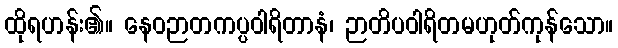
ထိုရဟန်း၏။ နေဝဉာတကပ္ပဝါရိတာနံ၊ ဉာတိပဝါရိတမဟုတ်ကုန်သော။